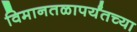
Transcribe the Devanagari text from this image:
विमानतळापर्यंतच्या